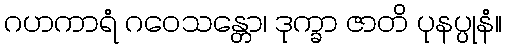
ဂဟကာရံ ဂဝေသန္တော၊ ဒုက္ခာ ဇာတိ ပုနပ္ပုနံ။